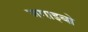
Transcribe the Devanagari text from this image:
जगाइबो